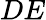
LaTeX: DE